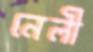
নেলী